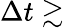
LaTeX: \Delta t\gtrsim